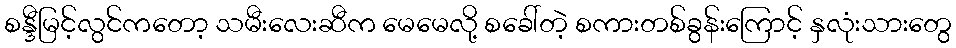
စန္ဒီမြင့်လွင်ကတော့ သမီးလေးဆီက မေမေလို့ စခေါ်တဲ့ စကားတစ်ခွန်းကြောင့် နှလုံးသားတွေ